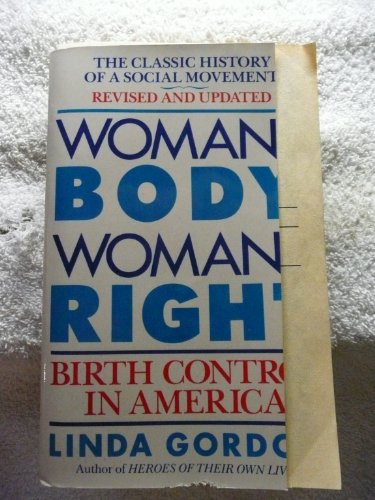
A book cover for Woman's Body, Woman's Right: Birth Control In America; Linda Perlman Gordon; Politics & Social Sciences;